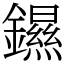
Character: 䥪